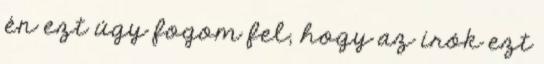
én ezt úgy fogom fel, hogy az írók ezt